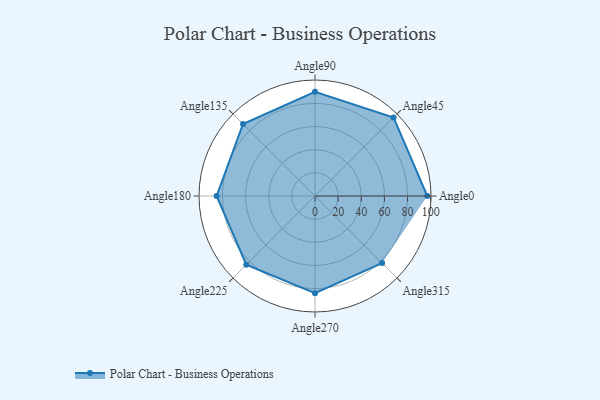
{"axis": {"x": "Angle", "y": "Radius"}, "legend": [""], "data": [{"x": "Angle0", "y": 97.0, "type": ""}, {"x": "Angle45", "y": 96.0, "type": ""}, {"x": "Angle90", "y": 90.0, "type": ""}, {"x": "Angle135", "y": 88.0, "type": ""}, {"x": "Angle180", "y": 85.0, "type": ""}, {"x": "Angle225", "y": 84.0, "type": ""}, {"x": "Angle270", "y": 84.0, "type": ""}, {"x": "Angle315", "y": 82.0, "type": ""}]}